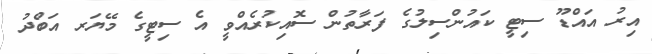
އިރު އައްޑޫ ސިޓީ ކައުންސިލުގެ ފަރާތުން ސޮއިކުރެއްވީ އެ ސިޓީގެ މޭޔަރ އަބްދު